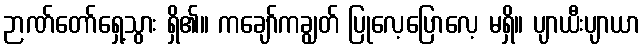
ဉာဏ်တော်ရှေ့သွား ရှိ၏။ ကချော်ကချွတ် ပြုလေ့ပြောလေ့ မရှိ။ ပျာယီးပျာယာ